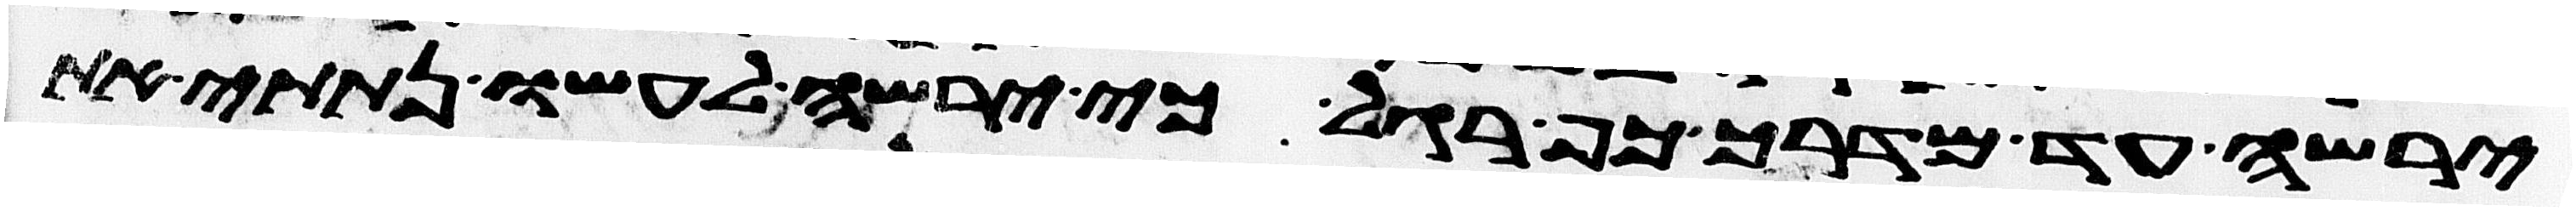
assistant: ירשה עד מדרך כף רגל כי ירשה לעשו נתתי את